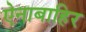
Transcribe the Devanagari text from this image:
ऐनाबाहिर